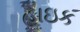
હાઇક